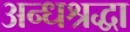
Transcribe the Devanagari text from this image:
अन्धश्रद्धा